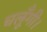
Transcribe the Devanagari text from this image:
चलूँगी।